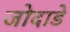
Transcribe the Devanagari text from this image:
जोदाडे